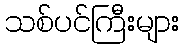
သစ်ပင်ကြီးများ